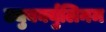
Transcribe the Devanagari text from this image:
ट्युबर्क्युलिनम